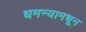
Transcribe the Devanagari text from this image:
धमन्यामधून